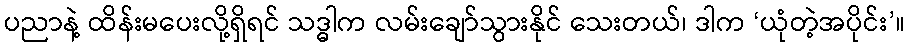
ပညာနဲ့ ထိန်းမပေးလို့ရှိရင် သဒ္ဓါက လမ်းချော်သွားနိုင် သေးတယ်၊ ဒါက ‘ယုံတဲ့အပိုင်း’။